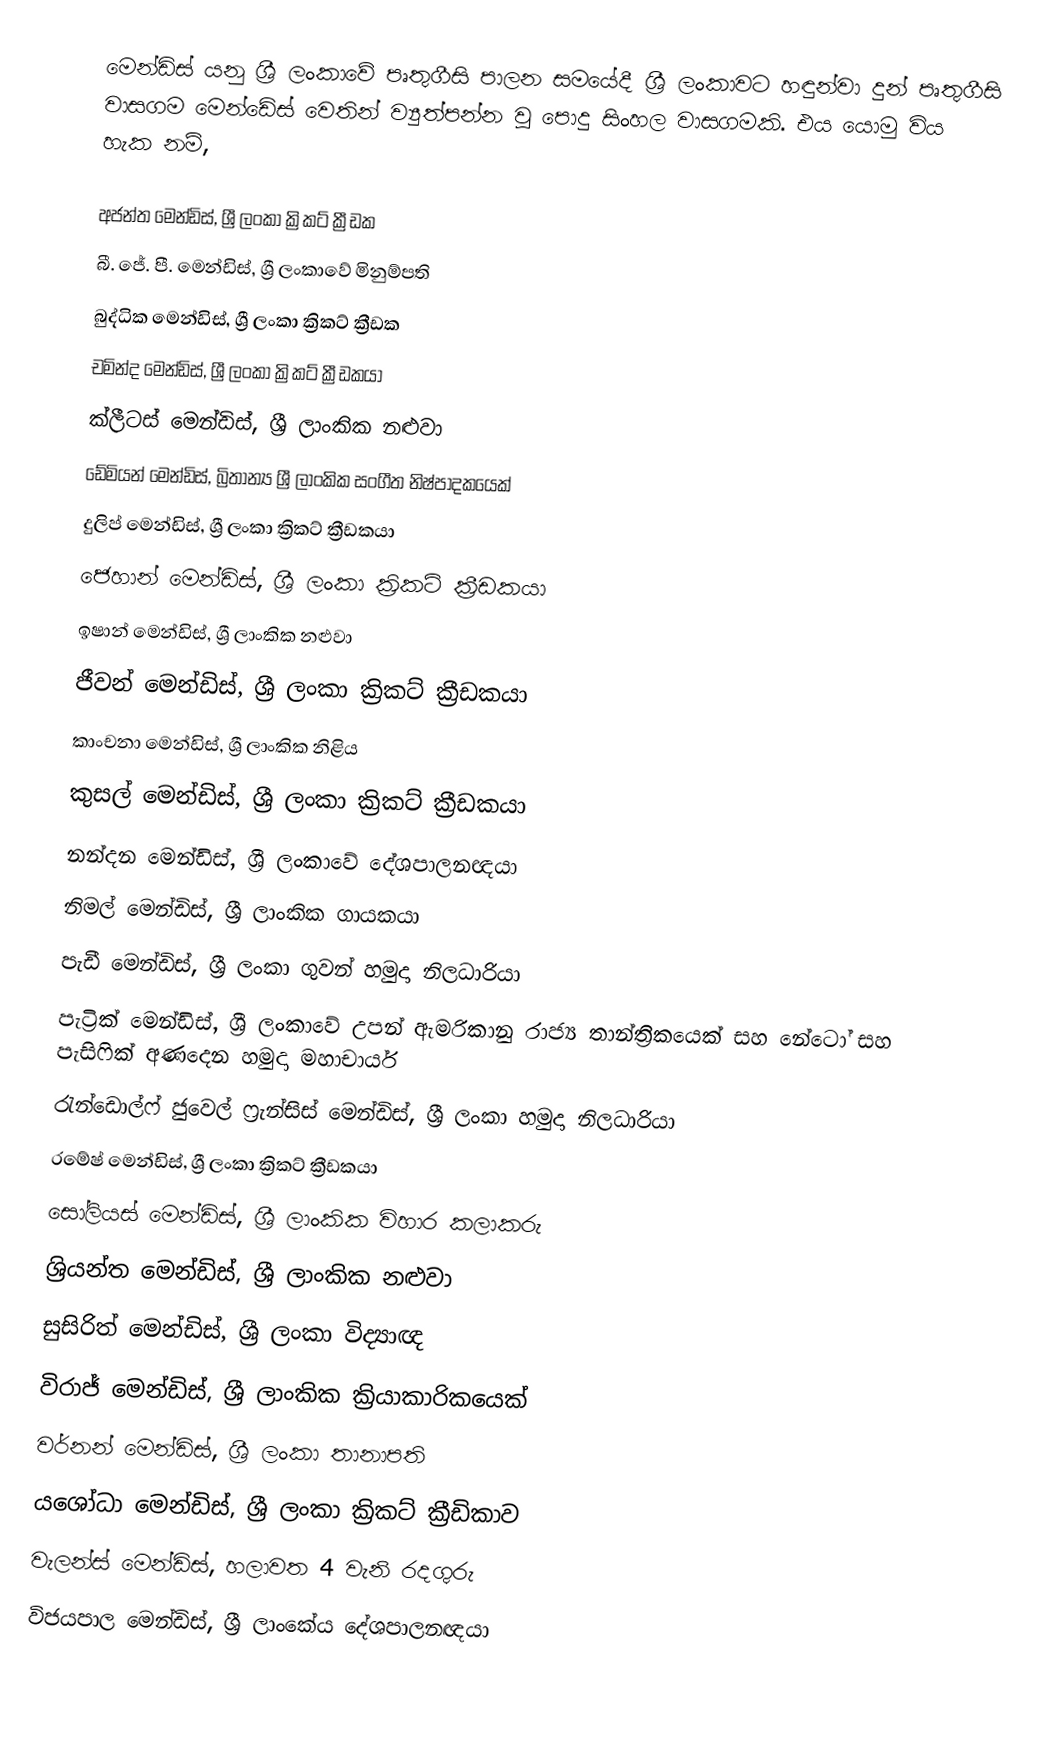
මෙන්ඩිස් යනු ශ්‍රී ලංකාවේ පෘතුගීසි පාලන සමයේදී ශ්‍රී ලංකාවට හඳුන්වා දුන් පෘතුගීසි වාසගම මෙන්ඩේස් වෙතින් ව්‍යුත්පන්න වූ පොදු සිංහල වාසගමකි. එය යොමු විය හැක නම්,

 අජන්ත මෙන්ඩිස්, ශ්‍රී ලංකා ක්‍රිකට් ක්‍රීඩක
 බී. ජේ. පී. මෙන්ඩිස්, ශ්‍රී ලංකාවේ මිනුම්පති
 බුද්ධික මෙන්ඩිස්, ශ්‍රී ලංකා ක්‍රිකට් ක්‍රීඩක
 චමින්ද මෙන්ඩිස්, ශ්‍රී ලංකා ක්‍රිකට් ක්‍රීඩකයා
 ක්ලීටස් මෙන්ඩිස්, ශ්‍රී ලාංකික නළුවා
 ඩේමියන් මෙන්ඩිස්, බ්‍රිතාන්‍ය ශ්‍රී ලාංකික සංගීත නිෂ්පාදකයෙක්
 දුලිප් මෙන්ඩිස්, ශ්‍රී ලංකා ක්‍රිකට් ක්‍රීඩකයා
 ජෙහාන් මෙන්ඩිස්, ශ්‍රී ලංකා ක්‍රිකට් ක්‍රීඩකයා
 ඉෂාන් මෙන්ඩිස්, ශ්‍රී ලාංකික නළුවා
 ජීවන් මෙන්ඩිස්, ශ්‍රී ලංකා ක්‍රිකට් ක්‍රීඩකයා
 කාංචනා මෙන්ඩිස්, ශ්‍රී ලාංකික නිළිය
 කුසල් මෙන්ඩිස්, ශ්‍රී ලංකා ක්‍රිකට් ක්‍රීඩකයා
 නන්දන මෙන්ඩිස්, ශ්‍රී ලංකාවේ දේශපාලනඥයා
 නිමල් මෙන්ඩිස්, ශ්‍රී ලාංකික ගායකයා
 පැඩී මෙන්ඩිස්, ශ්‍රී ලංකා ගුවන් හමුදා නිලධාරියා
 පැට්‍රික් මෙන්ඩිස්, ශ්‍රී ලංකාවේ උපන් ඇමරිකානු රාජ්‍ය තාන්ත්‍රිකයෙක් සහ නේටෝ සහ පැසිෆික් අණදෙන හමුදා මහාචාර්ය
 රැන්ඩොල්ෆ් ජුවෙල් ෆ්‍රැන්සිස් මෙන්ඩිස්, ශ්‍රී ලංකා හමුදා නිලධාරියා
 රමේෂ් මෙන්ඩිස්, ශ්‍රී ලංකා ක්‍රිකට් ක්‍රීඩකයා
 සෝලියස් මෙන්ඩිස්, ශ්‍රී ලාංකික විහාර කලාකරු
 ශ්‍රියන්ත මෙන්ඩිස්, ශ්‍රී ලාංකික නළුවා
 සුසිරිත් මෙන්ඩිස්, ශ්‍රී ලංකා විද්‍යාඥ
 විරාජ් මෙන්ඩිස්, ශ්‍රී ලාංකික ක්‍රියාකාරිකයෙක්
 වර්නන් මෙන්ඩිස්, ශ්‍රී ලංකා තානාපති
 යශෝධා මෙන්ඩිස්, ශ්‍රී ලංකා ක්‍රිකට් ක්‍රීඩිකාව
 වැලන්ස් මෙන්ඩිස්, හලාවත 4 වැනි රදගුරු
 විජයපාල මෙන්ඩිස්, ශ්‍රී ලාංකේය දේශපාලනඥයා